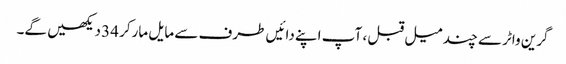
گرین واٹر سے چند میل قبل ، آپ اپنے دائیں طرف سے مایل مارکر 34 دیکھیں گے۔